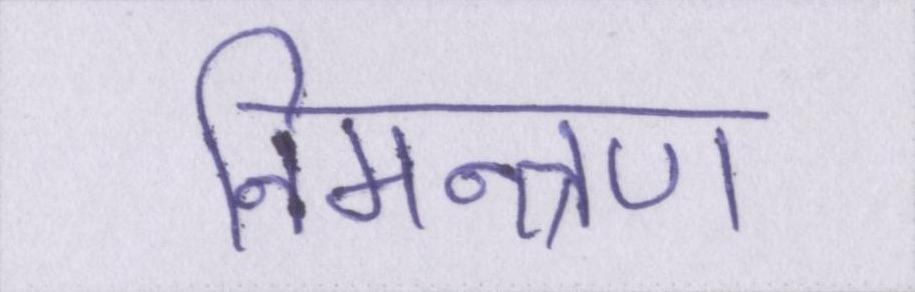
निमन्त्रण